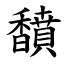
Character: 馩